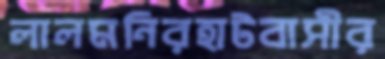
লালমনিরহাটবাসীর